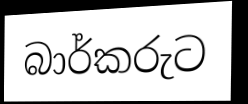
බාර්කරුට